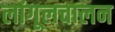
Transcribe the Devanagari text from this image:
लांगूलचालन